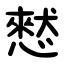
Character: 憖